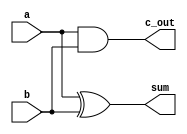
// Simulation of glitches with a ripple-carry adder.
//
// License: 0BSD

// Defines timescale for simulation: <time_unit> / <time_precision>
`timescale 1 ns / 1 ps

// Half adder (with gate delays)
module half_adder (

    // Inputs
    input a,
    input b,
    
    // Output
    output sum,
    output c_out
);

    // Create output logic
    assign #1 sum = a ^ b;
    assign #1 c_out = a & b;
    
endmodule

// Define our testbench
module glitch_test_tb();

    // Simulation time: 10000 * 1 ns = 10000 ns
    localparam DURATION = 10000;

    // Internal signals
    wire            c_0;
    wire            c_1;
    wire            c_2;
    wire    [3:0]   out;
    
    // Internal storage elements
    reg             clk = 0;
    reg             rst = 0;
    reg     [3:0]   count;
    
    // Generate clock signal: 1 / ((2 * 4.167) * 1 ns) = 119,990,400.77 Hz
    always begin
        #4.167
        clk = ~clk;
    end
    
    // Instantiate half adders
    half_adder ha_0 (.a(1'b1), .b(count[0]), .sum(out[0]), .c_out(c_0));
    half_adder ha_1 (.a(c_0), .b(count[1]), .sum(out[1]), .c_out(c_1));
    half_adder ha_2 (.a(c_1), .b(count[2]), .sum(out[2]), .c_out(c_2));
    half_adder ha_3 (.a(c_2), .b(count[3]), .sum(out[3]), .c_out());
    
    // Let the counter count
    always @ (posedge clk or posedge rst) begin
        if (rst == 1'b1) begin
            count = 0;
        end else begin
            count <= out;
        end
    end
    
    // Pulse reset line high at the beginning
    initial begin
        #10
        rst = 1;
        #1
        rst = 0;
    end
    
    // Run simulation (output to .vcd file)
    initial begin
    
        // Create simulation output file 
        $dumpfile("glitch-test_tb.vcd");
        $dumpvars(0, glitch_test_tb);
        
        // Wait for given amount of time for simulation to complete
        #(DURATION)
        
        // Notify and end simulation
        $display("Finished!");
        $finish;
    end
    
endmodule